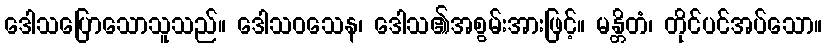
ဒေါသပြောသောသူသည်။ ဒေါသဝသေန၊ ဒေါသ၏အစွမ်းအားဖြင့်။ မန္တိတံ၊ တိုင်ပင်အပ်သော။